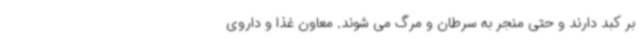
بر کبد دارند و حتی منجر به سرطان و مرگ می شوند. معاون غذا و داروی